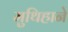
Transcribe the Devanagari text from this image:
मुथिहाने